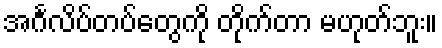
အင်္ဂလိပ်တပ်တွေကို တိုက်တာ မဟုတ်ဘူး။